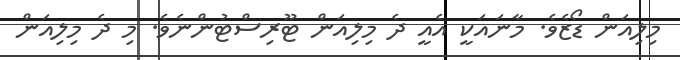
މިލިއަން ޑޯޒެވެ. މާނައަކީ އެއީ ދެ މިލިއަން ޓޫރިސްޓުންނެވެ. މި ދެ މިލިއަން